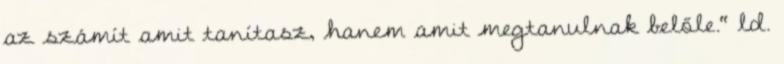
az számít amit tanítasz, hanem amit megtanulnak belőle." ld.